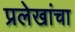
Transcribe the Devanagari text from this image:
प्रलेखांचा